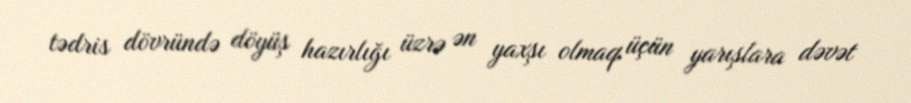
tədris dövründə döyüş hazırlığı üzrə ən yaxşı olmaq üçün yarışlara dəvət